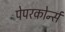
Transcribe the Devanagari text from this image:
पेपरकोर्न्स